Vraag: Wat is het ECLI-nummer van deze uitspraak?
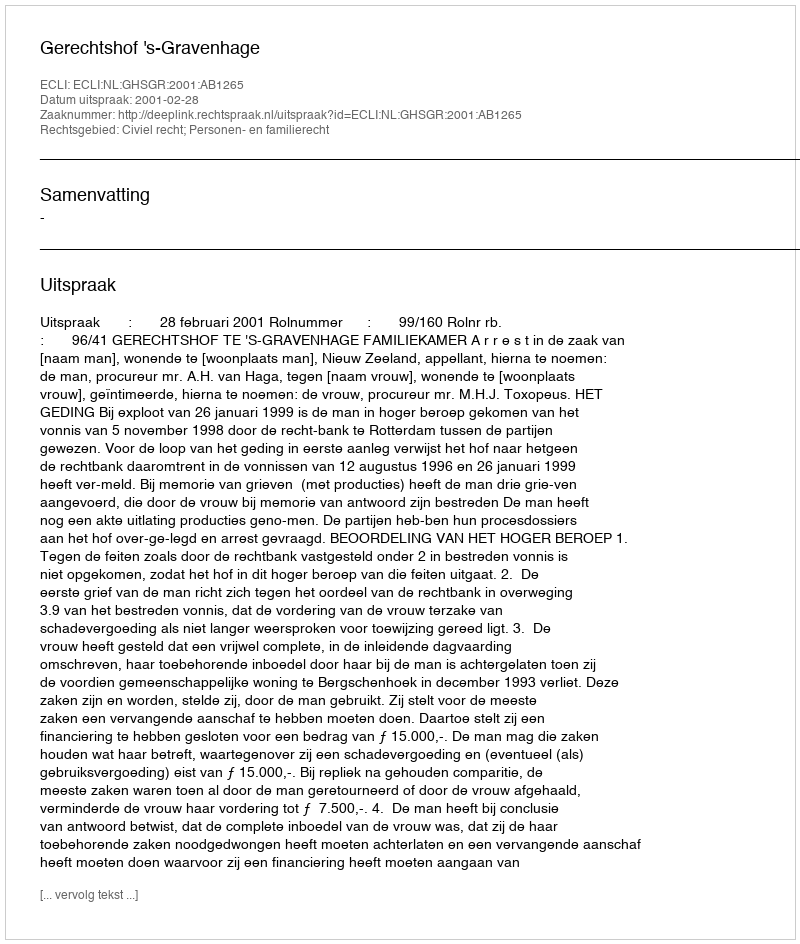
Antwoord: ECLI:NL:GHSGR:2001:AB1265